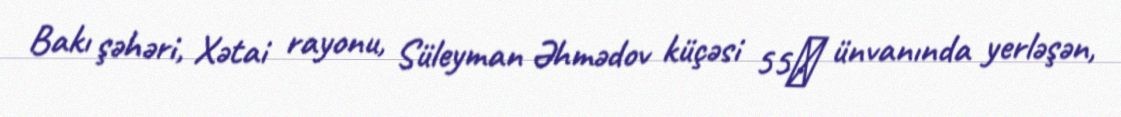
Bakı şəhəri, Xətai rayonu, Süleyman Əhmədov küçəsi 55‎ ünvanında yerləşən,